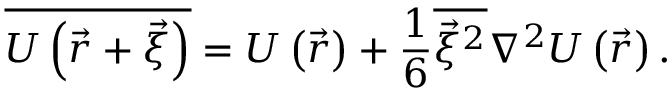
{ \overline { { U \left( { \vec { r } } + { \vec { \xi } } \right) } } } = U \left( { \vec { r } } \right) + { \frac { 1 } { 6 } } { \overline { { { \vec { \xi } } ^ { 2 } } } } \nabla ^ { 2 } U \left( { \vec { r } } \right) .